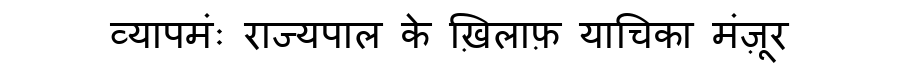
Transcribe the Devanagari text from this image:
व्यापमंः राज्यपाल के ख़िलाफ़ याचिका मंज़ूर